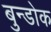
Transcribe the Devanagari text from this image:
बुन्डोक